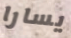
يسارا